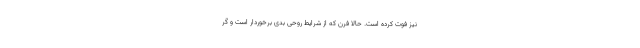
نیز فوت کرده است. حالا فرن که از شرایط روحی بدی برخوردار است و گر